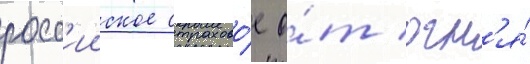
росс'ииское страхово́е о́т огн'я́